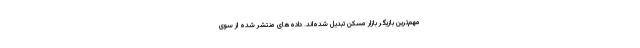
مهم‌ترین بازیگر بازار مسکن تبدیل شده‌اند. داده‌های منتشر شده از سوی